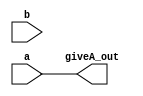
`timescale 1ns / 1ps
//////////////////////////////////////////////////////////////////////////////////
// Company: 
// Engineer: 
// 
// Design Name: 
// Module Name:    getA 
// Project Name: 
// Target Devices: 
// Tool versions: 
// Description: 
//
// Dependencies: 
//
// Revision: 
// Revision 0.01 - File Created
// Additional Comments: 
//
//////////////////////////////////////////////////////////////////////////////////
module giveA(a,b,giveA_out);
input [1:0]a;
input [1:0] b;
output [1:0] giveA_out;
assign giveA_out[0] = a[0];
assign giveA_out[1] = a[1];
endmodule